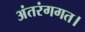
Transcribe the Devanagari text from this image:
अंतरंगगत।